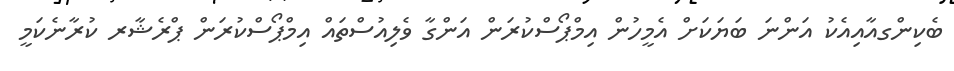
ބެކިންގއާއިއެކު އަންނަ ބަޔަކަށް އެމީހުން އިމްޕޯސްކުރަން އަންގާ ވެލިއުސްތައް އިމްޕޯސްކުރަން ޕްރެޝާރ ކުރާނެކަމީ